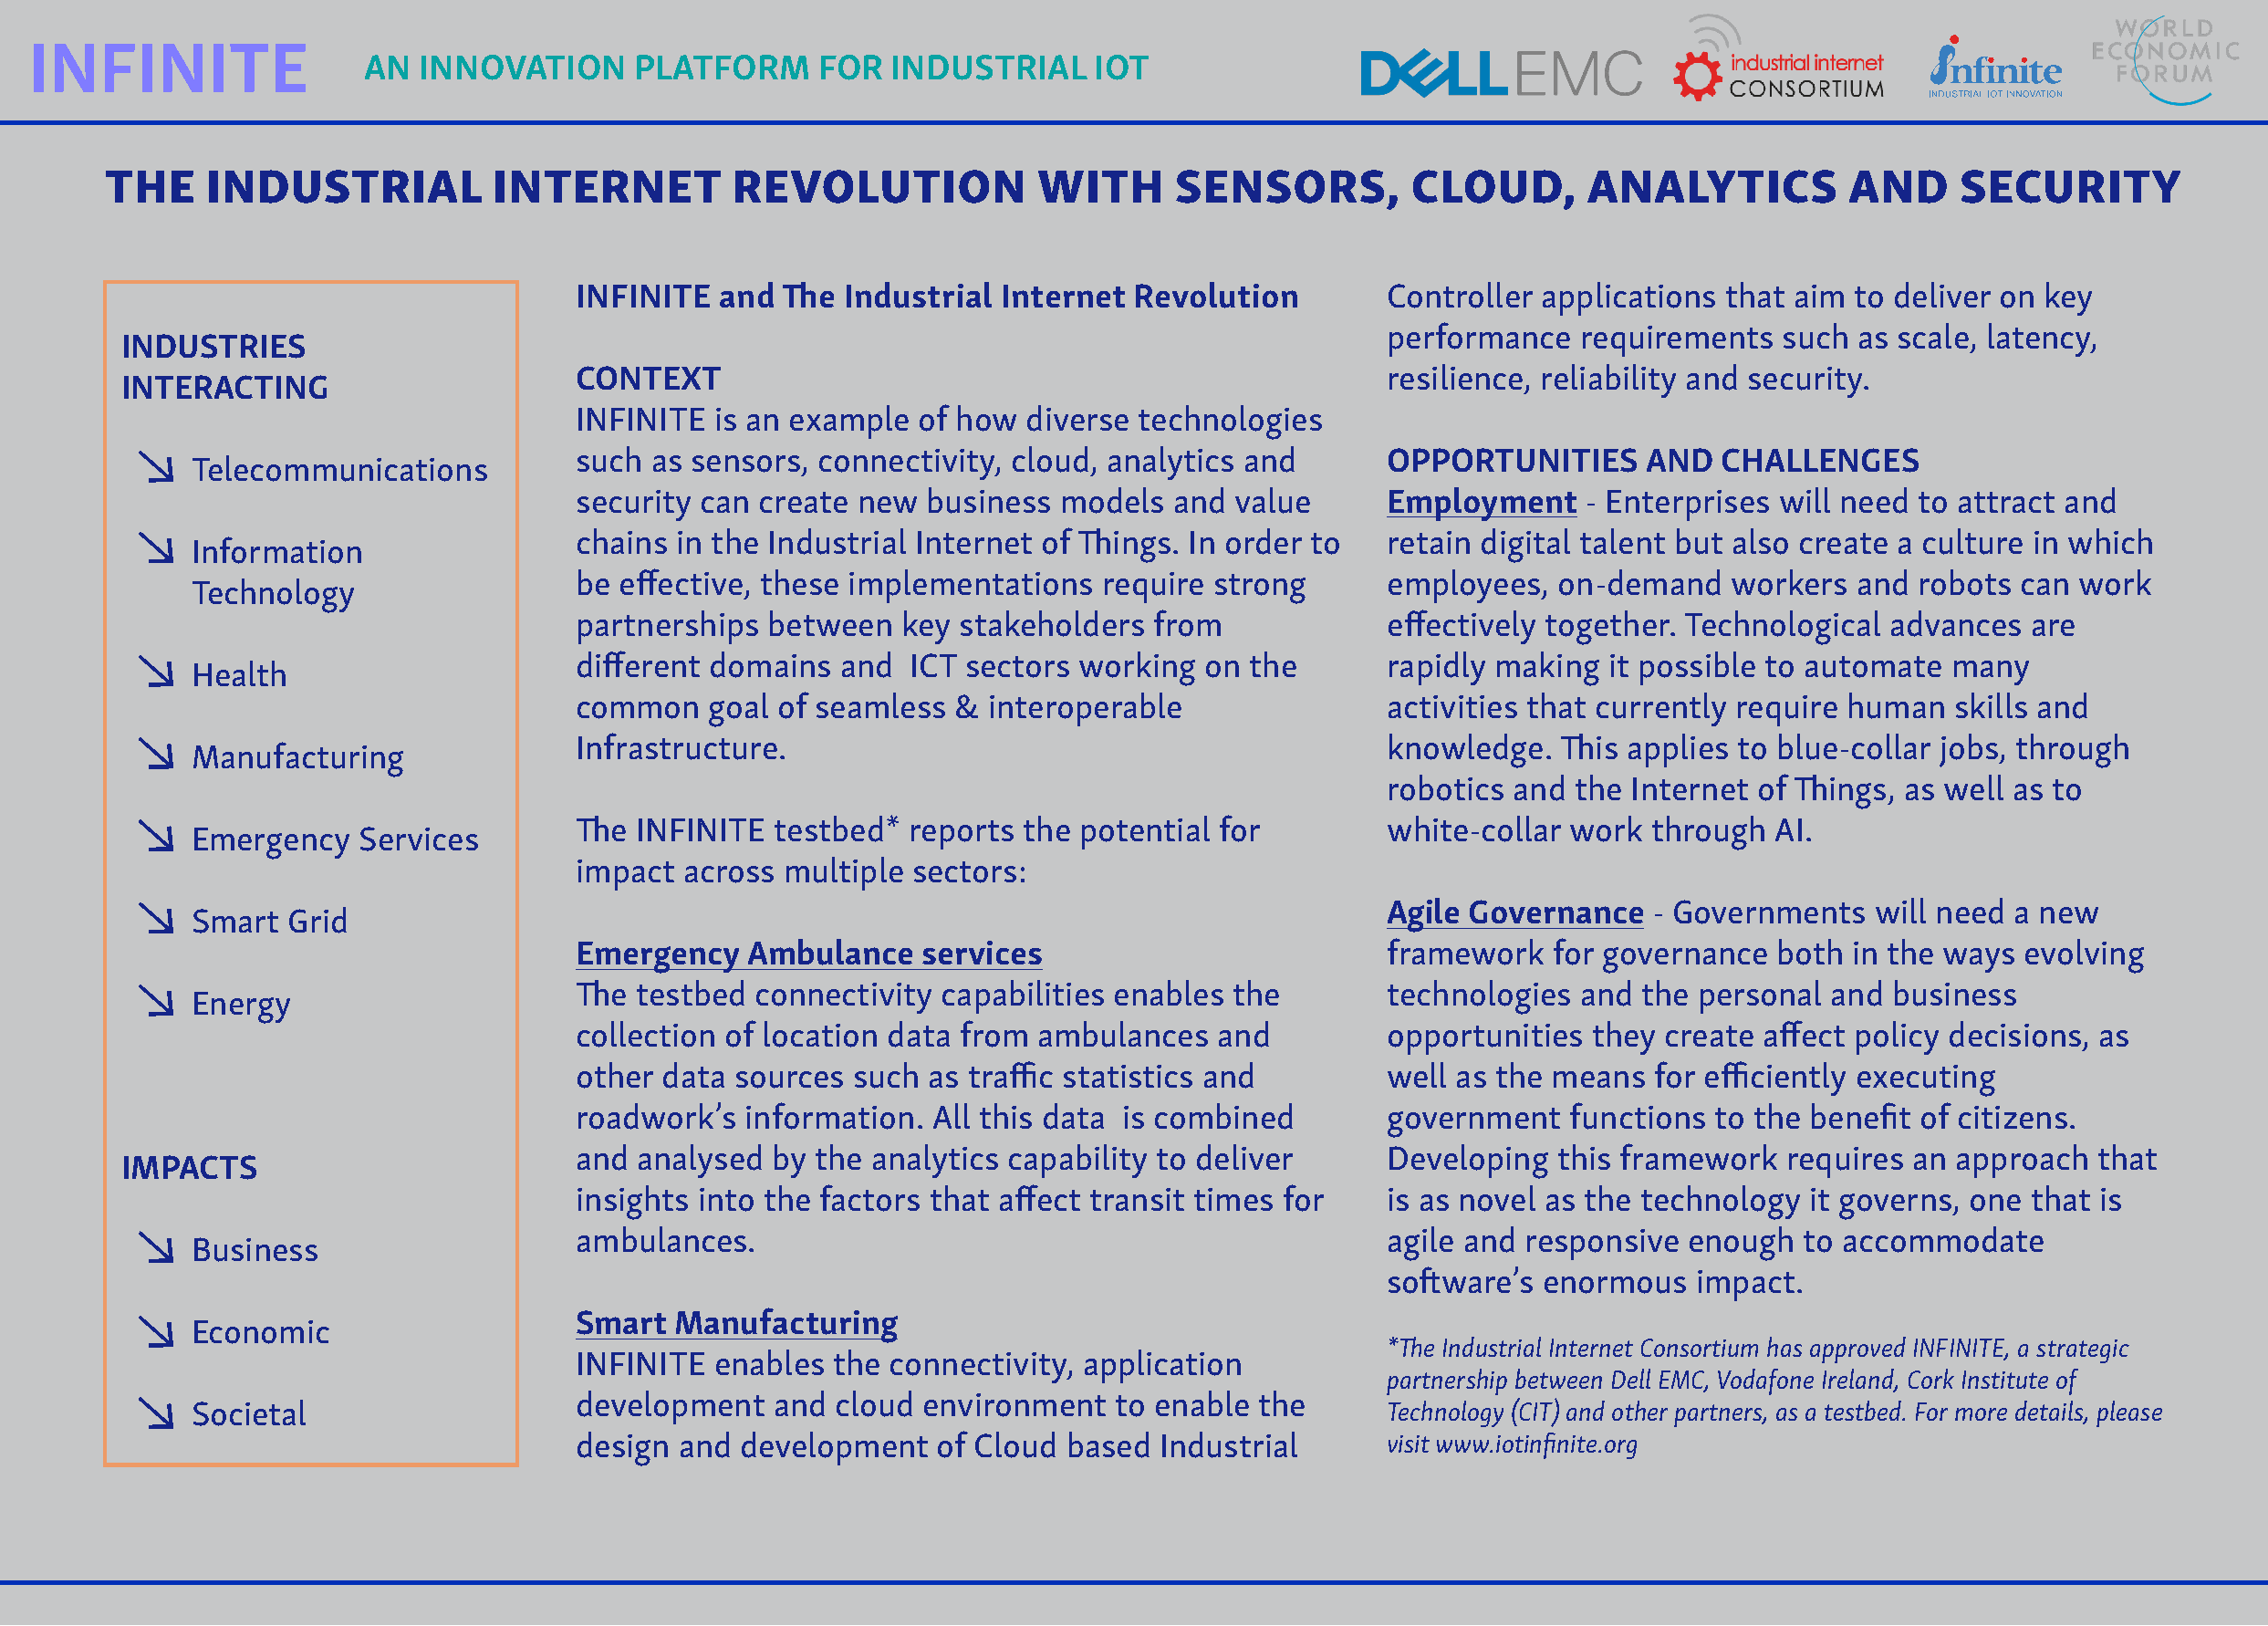
INFINITE
 AN  INNOVATION      PLATFORM     FOR   INDUSTRIAL    IOT
 THE    INDUSTRIAL           INTERNET         REVOLUTION            WITH      SENSORS,         CLOUD,       ANALYTICS          AND     SECURITY
 INFINITE  and  The Industrial  Internet Revolution         Controller applications that aim  to deliver on key
 performance   requirements  such  as scale, latency,
 INDUSTRIES
 CONTEXT                                                    resilience, reliability and security.
 INTERACTING
 INFINITE  is an example  of how diverse  technologies
 such as sensors, connectivity, cloud, analytics and        OPPORTUNITIES     AND   CHALLENGES
 Telecommunications
 security can create new  business  models  and  value      Employment    - Enterprises will need to attract and
 chains in the Industrial Internet of Things. In order to   retain digital talent but also create a culture in which
 Information
 be effective, these implementations   require strong       employees,  on-demand    workers  and robots  can work
 Technology
 partnerships  between  key  stakeholders  from             effectively together. Technological advances  are
 different domains  and  ICT sectors working  on  the       rapidly making  it possible to automate  many
 Health
 common   goal of seamless  &  interoperable                activities that currently require human  skills and
 Infrastructure.                                            knowledge.  This applies to blue-collar jobs, through
 Manufacturing
 robotics and the Internet of Things, as well as to
 The INFINITE  testbed*  reports the potential for          white-collar work  through  AI.
 Emergency   Services
 impact  across multiple sectors:
 Agile Governance   - Governments   will need a new
 Smart  Grid
 Emergency   Ambulance    services                          framework   for governance  both in the ways  evolving
 The testbed  connectivity capabilities enables the         technologies  and the personal  and business
 Energy
 collection of location data from ambulances   and          opportunities they  create affect policy decisions, as
 other data sources  such as traffic statistics and         well as the means  for efficiently executing
 roadwork’s  information.  All this data is combined        government   functions to the benefit of citizens.
 and analysed  by the analytics capability to deliver       Developing  this framework   requires an approach  that
 IMPACTS
 insights into the factors that affect transit times for    is as novel as the technology it governs, one that is
 ambulances.                                                agile and responsive enough   to accommodate
 Business
 software’s enormous   impact.
 Smart  Manufacturing
 Economic
 *The Industrial Internet Consortium has approved INFINITE, a strategic
 INFINITE  enables the  connectivity, application
 partnership between Dell EMC, Vodafone Ireland, Cork Institute of
 development   and  cloud environment   to enable the
 Societal                                                                               Technology (CIT) and other partners, as a testbed. For more details, please
 design and  development   of Cloud based  Industrial       visit www.iotinfinite.org